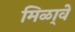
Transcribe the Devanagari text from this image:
मिळा्वे